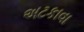
અટકાવા